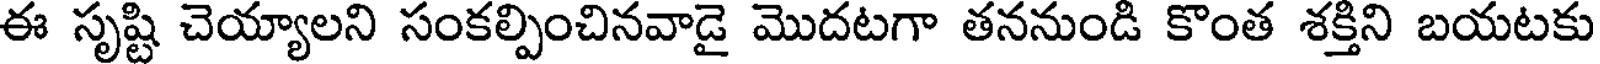
ఈ సృష్టి చెయ్యాలని సంకల్పించినవాడై మొదటగా తననుండి కొంత శక్తిని బయటకు